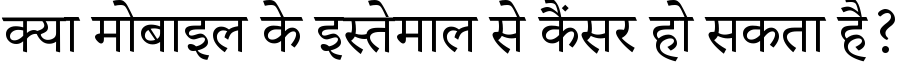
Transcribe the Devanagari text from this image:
क्या मोबाइल के इस्तेमाल से कैंसर हो सकता है?